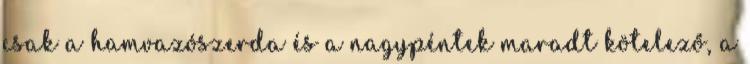
csak a hamvazószerda és a nagypéntek maradt kötelező, a